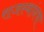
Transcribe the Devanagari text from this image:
राजस्थांनचा